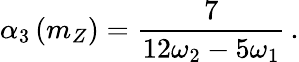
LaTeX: \alpha_{3}\left(m_{Z}\right)=\frac{7}{12\omega_{2}-5\omega_{1}}\, .